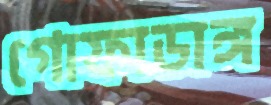
গোফাডাঙ্গ